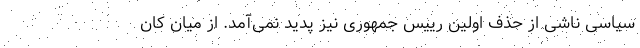
سیاسی ناشی از حذف اولین رییس جمهوری نیز پدید نمی‌آمد. از میان کان